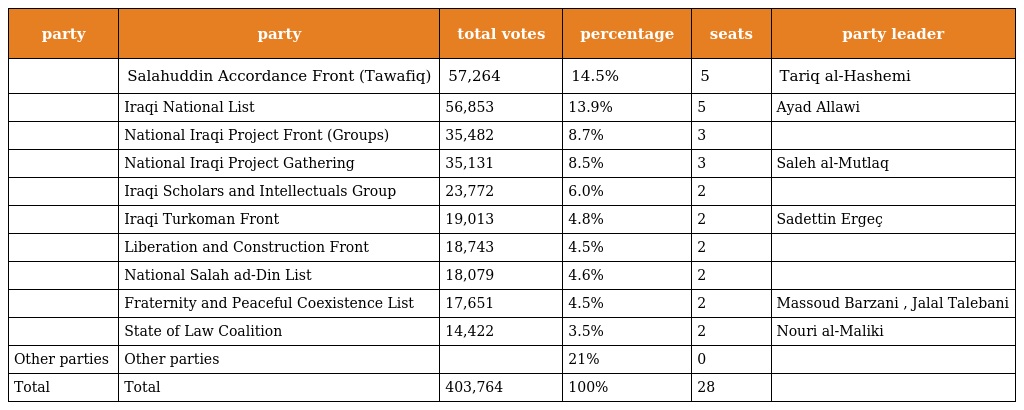
| party | party | total votes | percentage | seats | party leader |
 | --- | --- | --- | --- | --- | --- |
 |  | Salahuddin Accordance Front (Tawafiq) | 57,264 | 14.5% | 5 | Tariq al-Hashemi |
 |  | Iraqi National List | 56,853 | 13.9% | 5 | Ayad Allawi |
 |  | National Iraqi Project Front (Groups) | 35,482 | 8.7% | 3 |  |
 |  | National Iraqi Project Gathering | 35,131 | 8.5% | 3 | Saleh al-Mutlaq |
 |  | Iraqi Scholars and Intellectuals Group | 23,772 | 6.0% | 2 |  |
 |  | Iraqi Turkoman Front | 19,013 | 4.8% | 2 | Sadettin Ergeç |
 |  | Liberation and Construction Front | 18,743 | 4.5% | 2 |  |
 |  | National Salah ad-Din List | 18,079 | 4.6% | 2 |  |
 |  | Fraternity and Peaceful Coexistence List | 17,651 | 4.5% | 2 | Massoud Barzani , Jalal Talebani |
 |  | State of Law Coalition | 14,422 | 3.5% | 2 | Nouri al-Maliki |
 | Other parties | Other parties |  | 21% | 0 |  |
 | Total | Total | 403,764 | 100% | 28 |  |